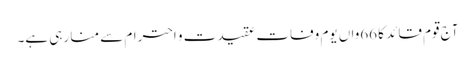
آج قوم قائد کا 66واں یوم وفات عقیدت و احترام سے منا رہی ہے۔